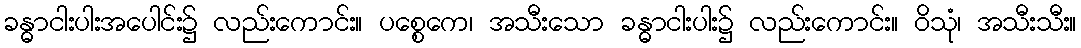
ခန္ဓာငါးပါးအပေါင်း၌ လည်းကောင်း။ ပစ္စေကေ၊ အသီးသော ခန္ဓာငါးပါး၌ လည်းကောင်း။ ဝိသုံ၊ အသီးသီး။